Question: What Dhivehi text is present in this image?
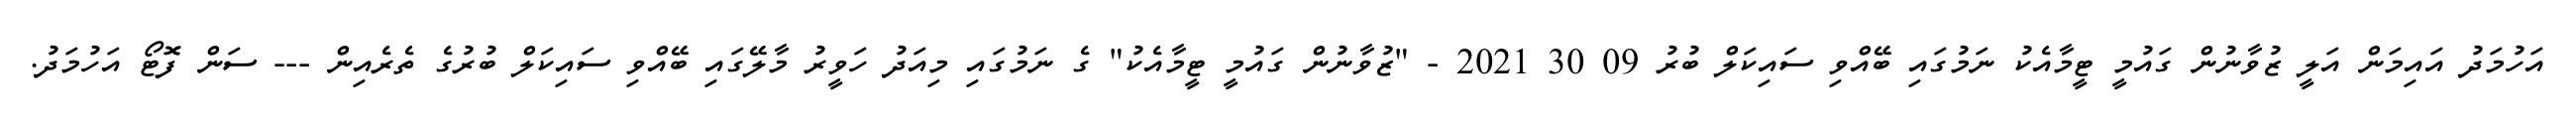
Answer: އަހުމަދު އައިމަން އަލީ ޒުވާނުން ގައުމީ ޓީމާއެކު ނަމުގައި ބޭއްވި ސައިކަލް ބުރު 09 30 2021 - "ޒުވާނުން ގައުމީ ޓީމާއެކު" ގެ ނަމުގައި މިއަދު ހަވީރު މާލޭގައި ބޭއްވި ސައިކަލް ބުރުގެ ތެރެއިން --- ސަން ފޮޓޯ އަހުމަދު.